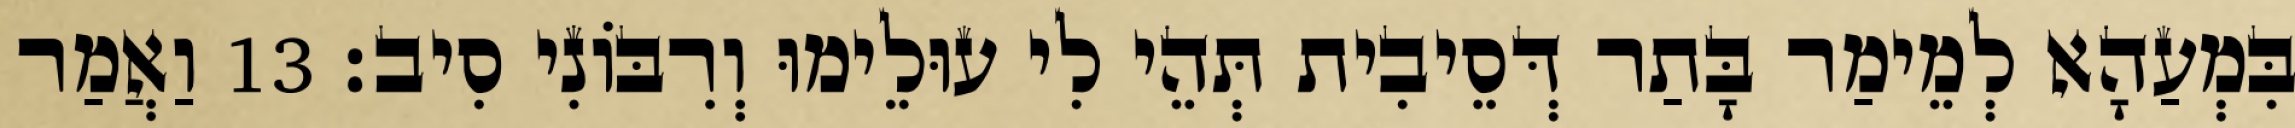
בִּמְעַהָא לְמֵימַר בָּתַר דְּסֵיבִית תְּהֵי לִי עוּלֵימוּ וְרִבּוֹנִי סִיב׃ 13 וַאֲמַר